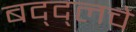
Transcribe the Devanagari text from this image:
बद्द्लचे